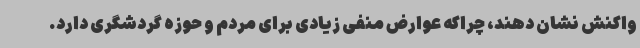
واکنش نشان دهند، چراکه عوارض منفی زیادی برای مردم و حوزه گردشگری دارد.